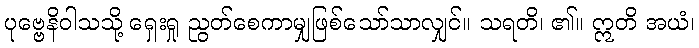
ပုဗ္ဗေနိဝါသသို့ ရှေးရှု ညွတ်စေကာမျှဖြစ်သော်သာလျှင်။ သရတိ၊ ၏။ ဣတိ အယံ၊